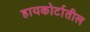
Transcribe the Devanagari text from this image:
हायकोर्टातील